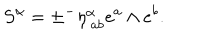
S ^ { \alpha } = \pm { } ^ { - } \eta _ { \ a b } ^ { \alpha } e ^ { a } \wedge e ^ { b } . \label J